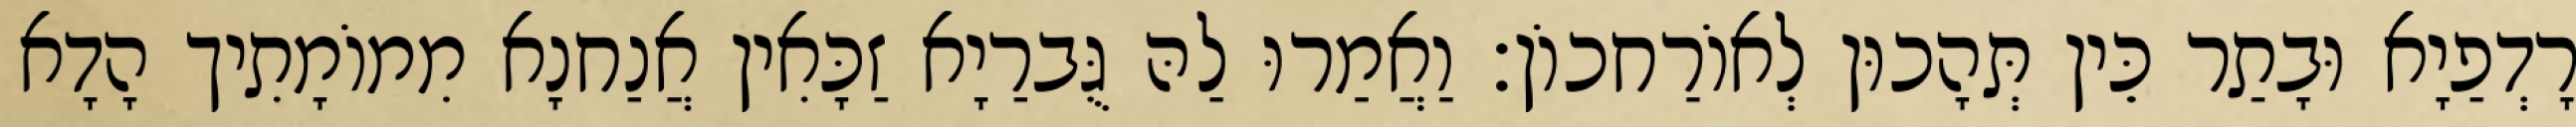
רָדְפַיָא וּבָתַר כֵּין תְּהָכוּן לְאוֹרַחכוֹן׃ וַאֲמַרוּ לַהּ גֻּברַיָא זַכָּאִין אֲנַחנָא מִמוֹמָתִיך הָדָא